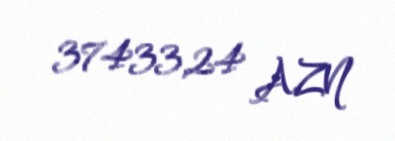
37433,24 AZN